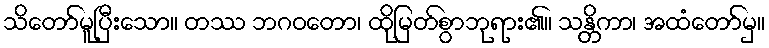
သိတော်မူပြီးသော။ တဿ ဘဂဝတော၊ ထိုမြတ်စွာဘုရား၏။ သန္တိကာ၊ အထံတော်မှ။